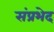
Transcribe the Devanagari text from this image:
संप्रभेद